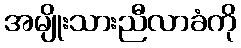
အမျိုးသားညီလာခံကို